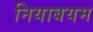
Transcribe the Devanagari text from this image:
नियाबयम